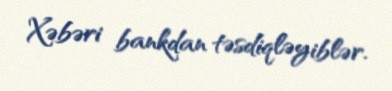
Xəbəri bankdan təsdiqləyiblər.